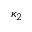
\kappa _ { 2 }